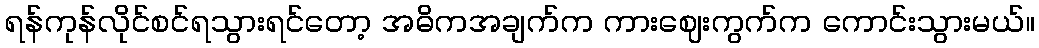
ရန်ကုန်လိုင်စင်ရသွားရင်တော့ အဓိကအချက်က ကားဈေးကွက်က ကောင်းသွားမယ်။